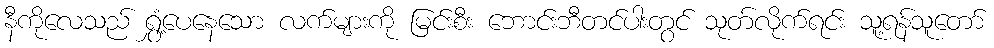
နီကိုလေသည် ရွှံ့ပေနေသော လက်များကို မြင်းစီး ဘောင်းဘီတင်ပါးတွင် သုတ်လိုက်ရင်း သူ့ရန်သူတော်